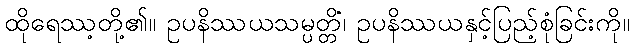
ထိုရေဿ့တို့၏။ ဥပနိဿယသမ္ပတ္တိံ၊ ဥပနိဿယနှင့်ပြည့်စုံခြင်းကို။